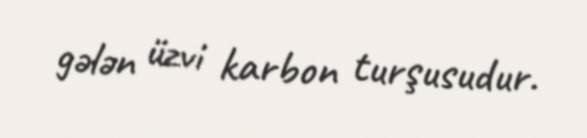
gələn üzvi karbon turşusudur.